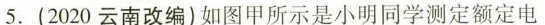
5.(2020云南改编)如图甲所示是小明同学测定额定电